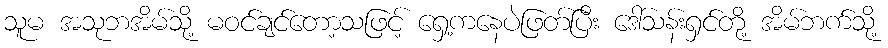
သူမ အသုဘအိမ်သို့ မဝင်ချင်တော့သဖြင့် ရှေ့ကနေပဲဖြတ်ပြီး ဒေါ်သန်းရှင်တို့ အိမ်ဘက်သို့